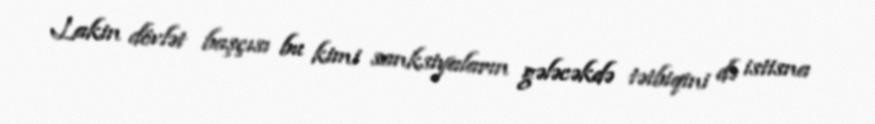
Lakin dövlət başçısı bu kimi sanksiyaların gələcəkdə tətbiqini də istisna